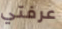
عرفتي